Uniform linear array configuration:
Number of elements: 8
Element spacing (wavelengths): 0.5
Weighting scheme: hann
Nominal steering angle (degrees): -60
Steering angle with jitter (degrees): -58.237
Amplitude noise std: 0.05
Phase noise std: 0.05

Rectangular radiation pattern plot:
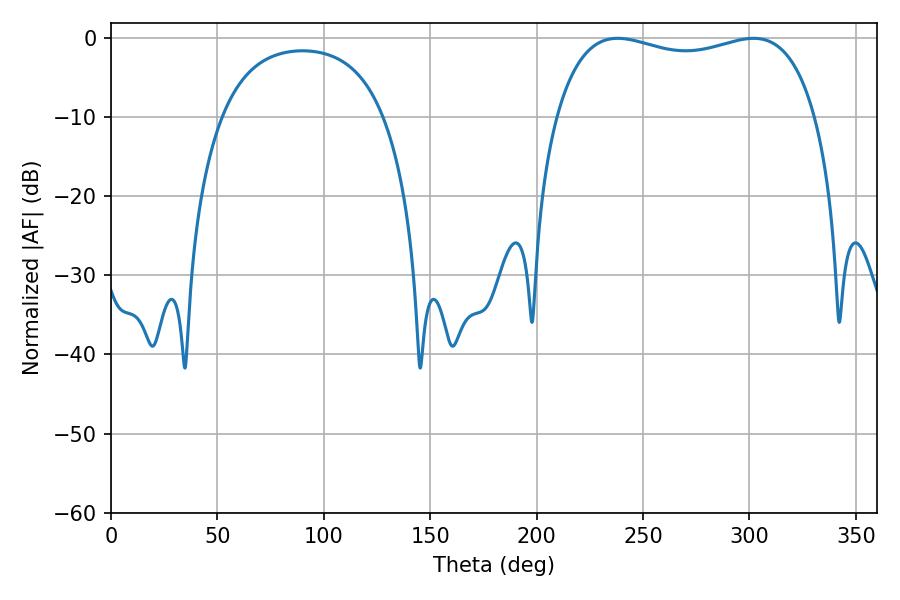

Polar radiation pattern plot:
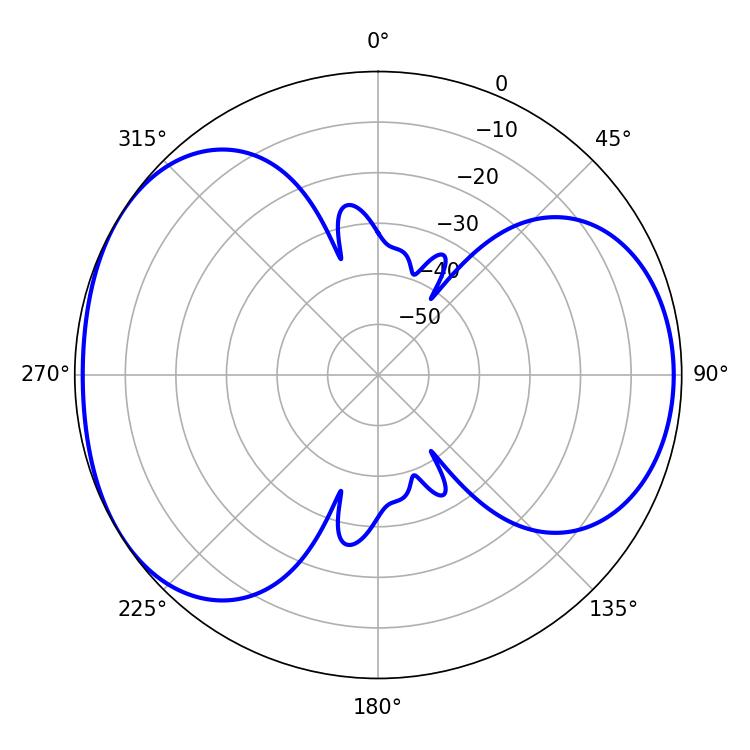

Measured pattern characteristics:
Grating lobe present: FALSE
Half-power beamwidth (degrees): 99.72
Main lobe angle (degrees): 238.14